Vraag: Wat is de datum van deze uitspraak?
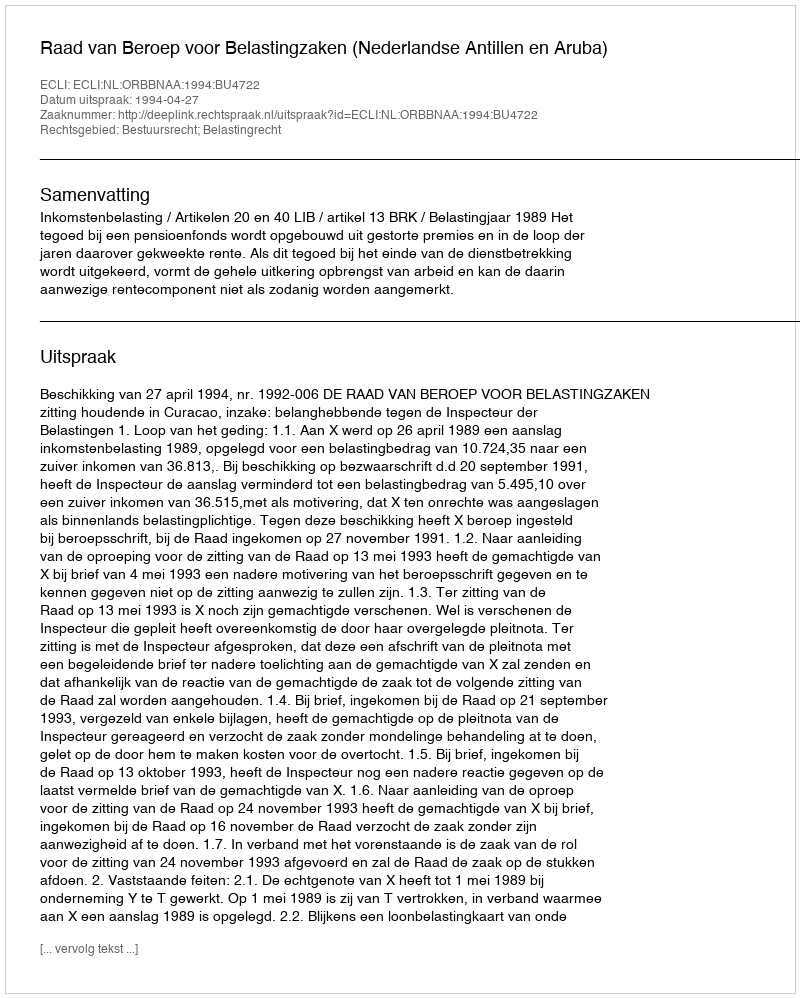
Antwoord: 1994-04-27